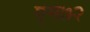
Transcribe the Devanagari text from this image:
एम७२